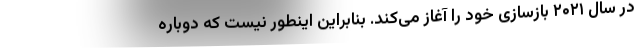
در سال ۲۰۲۱ بازسازی خود را آغاز می‌کند. بنابراین اینطور نیست که دوباره